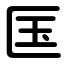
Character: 匤